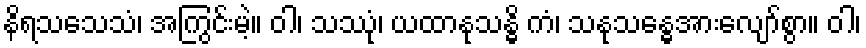
နိရသသေသံ၊ အကြွင်းမဲ့။ ဝါ၊ သဿုံ၊ ယထာနုသန္ဓိ ကံ၊ သနုသန္ဓေအားလျော်စွာ။ ဝါ၊